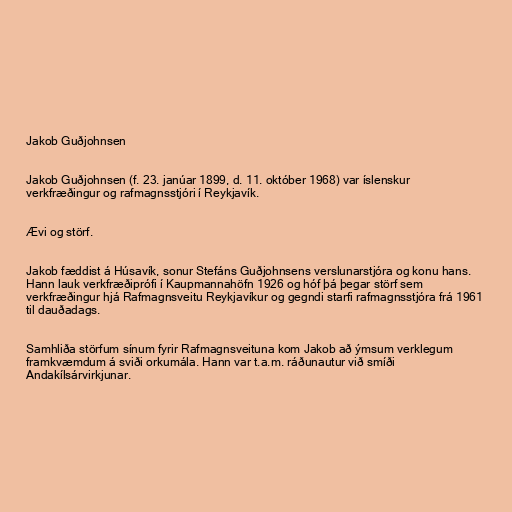
Jakob Guðjohnsen

Jakob Guðjohnsen (f. 23. janúar 1899, d. 11. október 1968) var íslenskur
verkfræðingur og rafmagnsstjóri í Reykjavík.

Ævi og störf.

Jakob fæddist á Húsavík, sonur Stefáns Guðjohnsens verslunarstjóra og konu hans.
Hann lauk verkfræðiprófi í Kaupmannahöfn 1926 og hóf þá þegar störf sem
verkfræðingur hjá Rafmagnsveitu Reykjavíkur og gegndi starfi rafmagnsstjóra frá 1961
til dauðadags.

Samhliða störfum sínum fyrir Rafmagnsveituna kom Jakob að ýmsum verklegum
framkvæmdum á sviði orkumála. Hann var t.a.m. ráðunautur við smíði
Andakílsárvirkjunar.